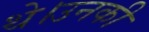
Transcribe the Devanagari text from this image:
थे।उनकी